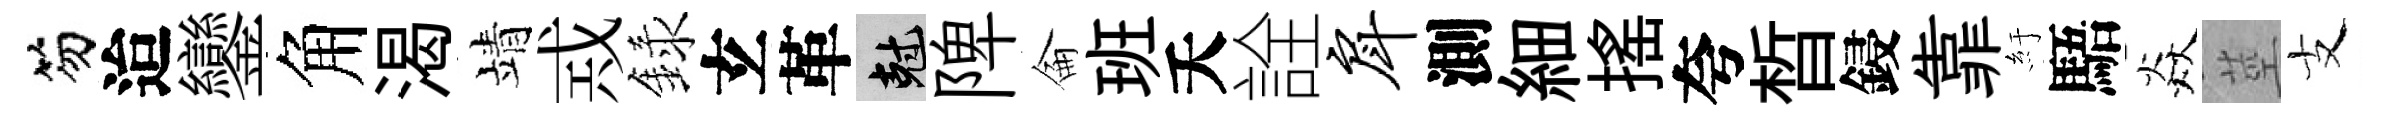
笏迨鑾角渴靖𢦶録𤣥革剋陴侖班夭詮戽測細揺夸晳鋟靠紆䮏焱莖支